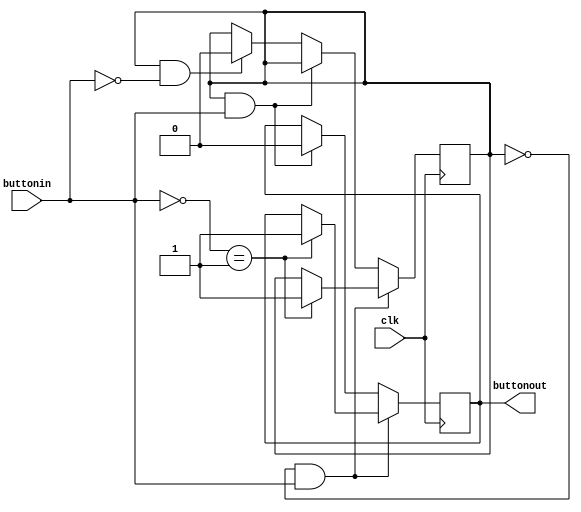
module buttonlimiter(input buttonin, input clk,  output reg buttonout);

	reg buttonmem = 0;

always @(posedge clk) begin
	if (buttonmem == 0 && buttonin == 1) begin
	
		if (~buttonin == 1) begin
			buttonout = 1;
			buttonmem = 1;
			end
	end
	
	else if (buttonmem == 1 && buttonin == 1) begin
	buttonout <= 0;
	end
	
	
	else if (buttonmem == 1 && buttonin == 0) begin
	
	
	buttonmem <= 0;
	
	end
	
	
end
	
endmodule